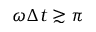
\omega \Delta t \gtrsim \pi